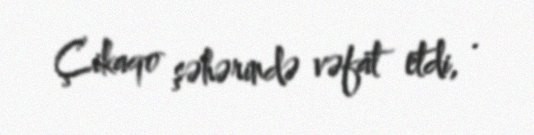
Çikaqo şəhərində vəfat etdi, .